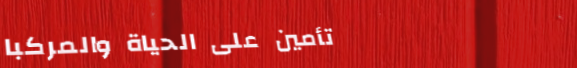
تأمين على الحياة والمركبا